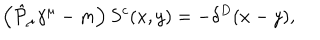
\left( \hat { { \cal P } } _ { \mu } \gamma ^ { \mu } - m \right) S ^ { c } ( x , y ) = - \delta ^ { D } ( x - y ) ,